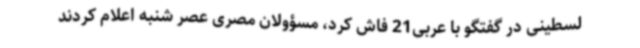
لسطینی در گفتگو با عربی21 فاش کرد، مسؤولان مصری عصر شنبه اعلام کردند